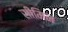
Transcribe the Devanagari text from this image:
सीमिन